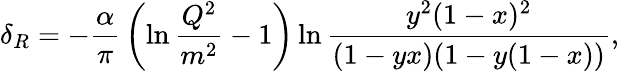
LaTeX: \delta_{R}=-{\frac{\alpha}{\pi}}\left(\ln{\frac{Q^{2}}{m^{2}}}-1\right)\ln{\frac{y^{2}(1-x)^{2}}{(1-yx)(1-y(1-x))}},